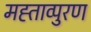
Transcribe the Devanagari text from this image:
मह्ताव्पुरण